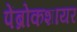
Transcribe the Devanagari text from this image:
पेंब्रोकशायर